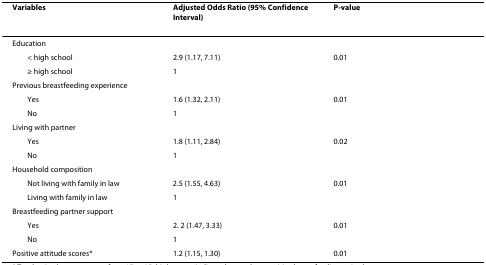
| Variables | Adjusted Odds Ratio (95% Confidence Interval) | P-value |
 | --- | --- | --- |
 | Education |  |  |
 | < high school | 2.9 (1.17, 7.11) | 0.01 |
 | ≥ high school | 1 |  |
 | Previous breastfeeding experience |  |  |
 | Yes | 1.6 (1.32, 2.11) | 0.01 |
 | No | 1 |  |
 | Living with partner |  |  |
 | Yes | 1.8 (1.11, 2.84) | 0.02 |
 | No | 1 |  |
 | Household composition |  |  |
 | Not living with family in law | 2.5 (1.55, 4.63) | 0.01 |
 | Living with family in law | 1 |  |
 | Breastfeeding partner support |  |  |
 | Yes | 2. 2 (1.47, 3.33) | 0.01 |
 | No | 1 |  |
 | Positive attitude scores* | 1.2 (1.15, 1.30) | 0.01 |